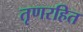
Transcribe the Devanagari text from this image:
तृणरहित